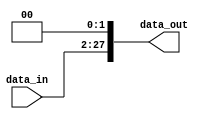
module ShiftEx_26to28 (
    input wire [25:0] data_in,
    output wire [27:0] data_out
);
    // Extende 26-bits e move dois para a esquerda (Jumps)
    assign data_out = {data_in, 2'b00};
endmodule